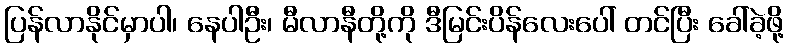
ပြန်လာနိုင်မှာပါ၊ နေပါဦး၊ မီလာနီတို့ကို ဒီမြင်းပိန်လေးပေါ် တင်ပြီး ခေါ်ခဲ့ဖို့